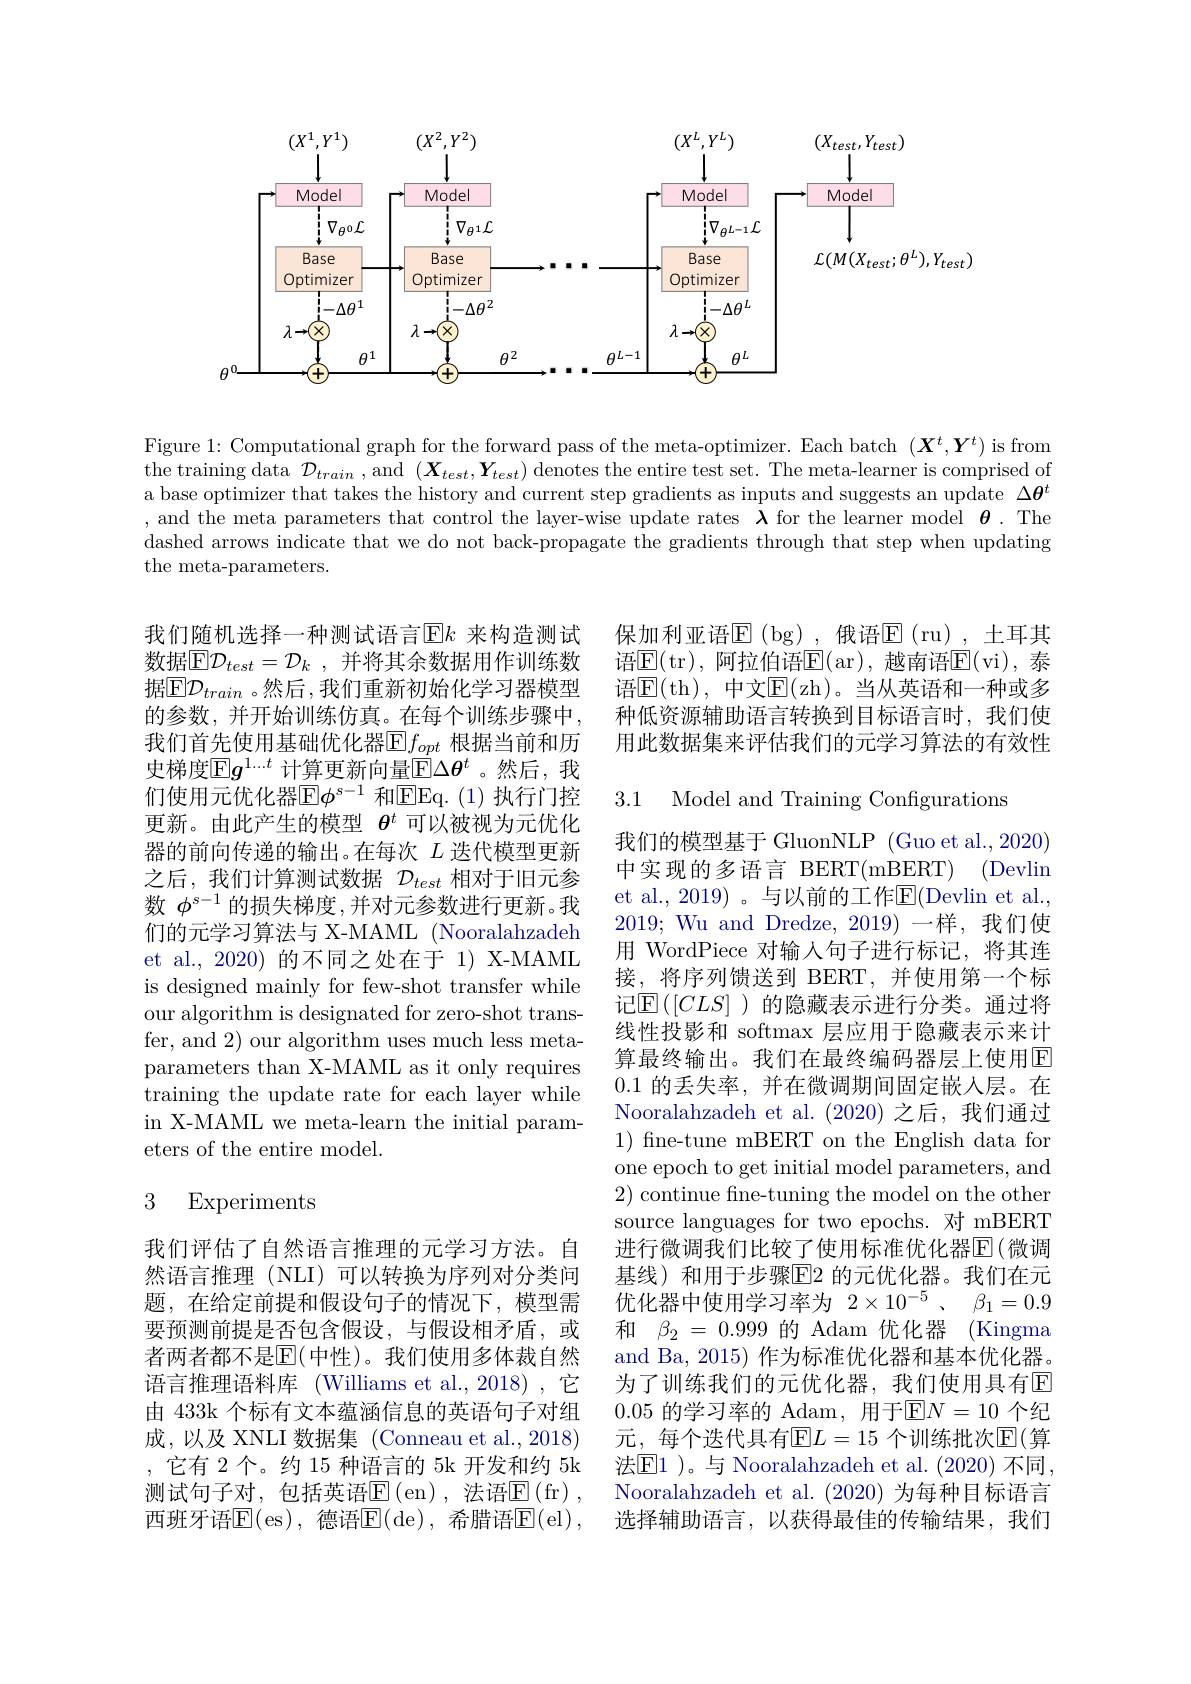
<FigureHere>

Figure 1: Computational graph for the forward pass of the meta-optimizer. Each batch $(\boldsymbol X^t,\boldsymbol Y^t)$ is from the training data $\mathcal{D}_train$ , and $(\boldsymbol X_{test},\boldsymbol Y_{test})$ denotes the entire test set. The meta-learner is comprised of a base optimizer that takes the history and current step gradients as inputs and suggests an update $\Delta\theta^t$ , and the meta parameters that control the layer-wise update rates $\boldsymbol{\lambda}$ for the learner model $\boldsymbol{\theta}.$ The dashed arrows indicate that we do not back-propagate the gradients through that step when updating the meta-parameters.

保加利亚语$\operatorname{E}(\operatorname{bg})$,俄语$\operatorname{E}(\operatorname{ru})$,土耳其语$\operatorname{E}($tr),阿拉伯语$\operatorname{E}($ar),越南语$\operatorname{E}($vi),泰语$\operatorname{E}($th),中文$\operatorname{E}($zh)。当从英语和一种或多种低资源辅助语言转换到目标语言时，我们使用此数据集来评估我们的元学习算法的有效性

3.1 Model and Training Configurations

我们随机选择一种测试语言$\operatorname{E}k$ 来构造测试数据$\overline {\mathbb{E} }\mathcal{D} _{test}= \mathcal{D} _k$ , 并将其余数据用作训练数据$\boxed{\mathbb{E}}\mathcal{D}_{train}$ 。然后 ,我们重新初始化学习器模型的参数，并开始训练仿真。在每个训练步骤中， 我们首先使用基础优化器$\overline{\mathbb{E}}f_{opt}$ 根据当前和历史梯度$\mathbb{E}g^{1...t}$ 计算更新向量$\overline{\mathbb{E}}\Delta\theta^t$ 。然后，我们使用元优化器$\overline{\mathbb{E}}\phi^s-1$ 和$\overline{\mathbb{E}}$Eq.(1)执行门控更新。由此产生的模型$\theta^t$可以被视为元优化器的前向传递的输出。在每次$L$迭代模型更新之后，我们计算测试数据$\mathcal{D}_{test}$相对于旧元参数$\phi^{s-1}$的损失梯度，并对元参数进行更新。我们的元学习算法与 X-MAML (Nooralahzadeh et al., 2020) 的不同之处在于 1) X-MAML is designed mainly for few-shot transfer while our algorithm is designated for zero-shot transfer, and 2) our algorithm uses much less metaparameters than X-MAML as it only requires training the update rate for each layer while in X-MAML we meta-learn the initial parameters of the entire model.

我们的模型基于 GluonNLP (Guo et al., 2020) 中实现的多语言 BERT(mBERT) (Devlin et al., 2019) 。与以前的工作E$( Devlin et al. $, 2019; Wu and Dredze, 2019)一样，我们使用 WordPiece 对输入句子进行标记，将其连接，将序列馈送到 BERT,并使用第一个标记$\operatorname{E}([CLS]$ )的隐藏表示进行分类。通过将线性投影和 softmax 层应用于隐藏表示来计算最终输出。我们在最终编码器层上使用$\overline{\mathrm{E}}$ 0.1的丢失率，并在微调期间固定嵌入层。在Nooralahzadeh et al.(2020) 之后，我们通过$1){\mathrm{~fine-tune~mBERT~on~the~English~data~for}}$ one epoch to get initial model parameters, and 2) continue fne-tuning the model on the other source languages for two epochs. 对 mBERT 进行微调我们比较了使用标准优化器$\overline{\mathrm{E}}($微调基线)和用于步骤$\overline{\mathrm{E}}$2 的元优化器。我们在元优化器中使用学习率为$2\times10^{-5}$ 、 $\beta_1=0.9$ 和$\beta_{2}=0.999$的Adam优化器 (Kingma and Ba, 2015) 作为标准优化器和基本优化器。为了训练我们的元优化器，我们使用具有$\overline{\mathrm{E}}$ 0.05 的学习率的 Adam,用于$\mathbb{E}N=10$ 个纪元，每个迭代具有$\mathbb{E}L=15$ 个训练批次$\mathbb{E}($算法$\textcircled{\mathrm{E}}1$ )。与 Nooralahzadeh et al. (2020) 不同， Nooralahzadeh et al. (2020) 为每种目标语言选择辅助语言，以获得最佳的传输结果，我们

### 3 Experiments

我们评估了自然语言推理的元学习方法。自然语言推理(NLI)可以转换为序列对分类问题，在给定前提和假设句子的情况下，模型需要预测前提是否包含假设，与假设相矛盾，或者两者都不是$\mathbb{E}($中性)。我们使用多体裁自然语言推理语料库 (Williams et al., 2018) , 它由 433k 个标有文本蕴涵信息的英语句子对组成，以及 XNLI 数据集 (Conneau et al.,2018) ,它有 2个。约 15 种语言的 5k 开发和约 5k 测试句子对，包括英语$\operatorname{E}($en),法语$\operatorname{E}($fr), 西班牙语$\mathbb{E}($es),德语$\mathbb{E}($de),希腊语$\mathbb{E}($el),